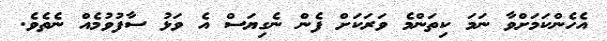
އެހެންކަމަށްވާ ނަމަ ކިތަންމެ ވަރަކަށް ފެން ނެގިޔަސް އެ ވަޅު ސާފުވުމެއް ނެތެވެ.